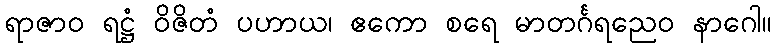
ရာဇာဝ ရဋ္ဌံ ဝိဇိတံ ပဟာယ၊ ဧကော စရေ မာတင်္ဂရညေဝ နာဂေါ။